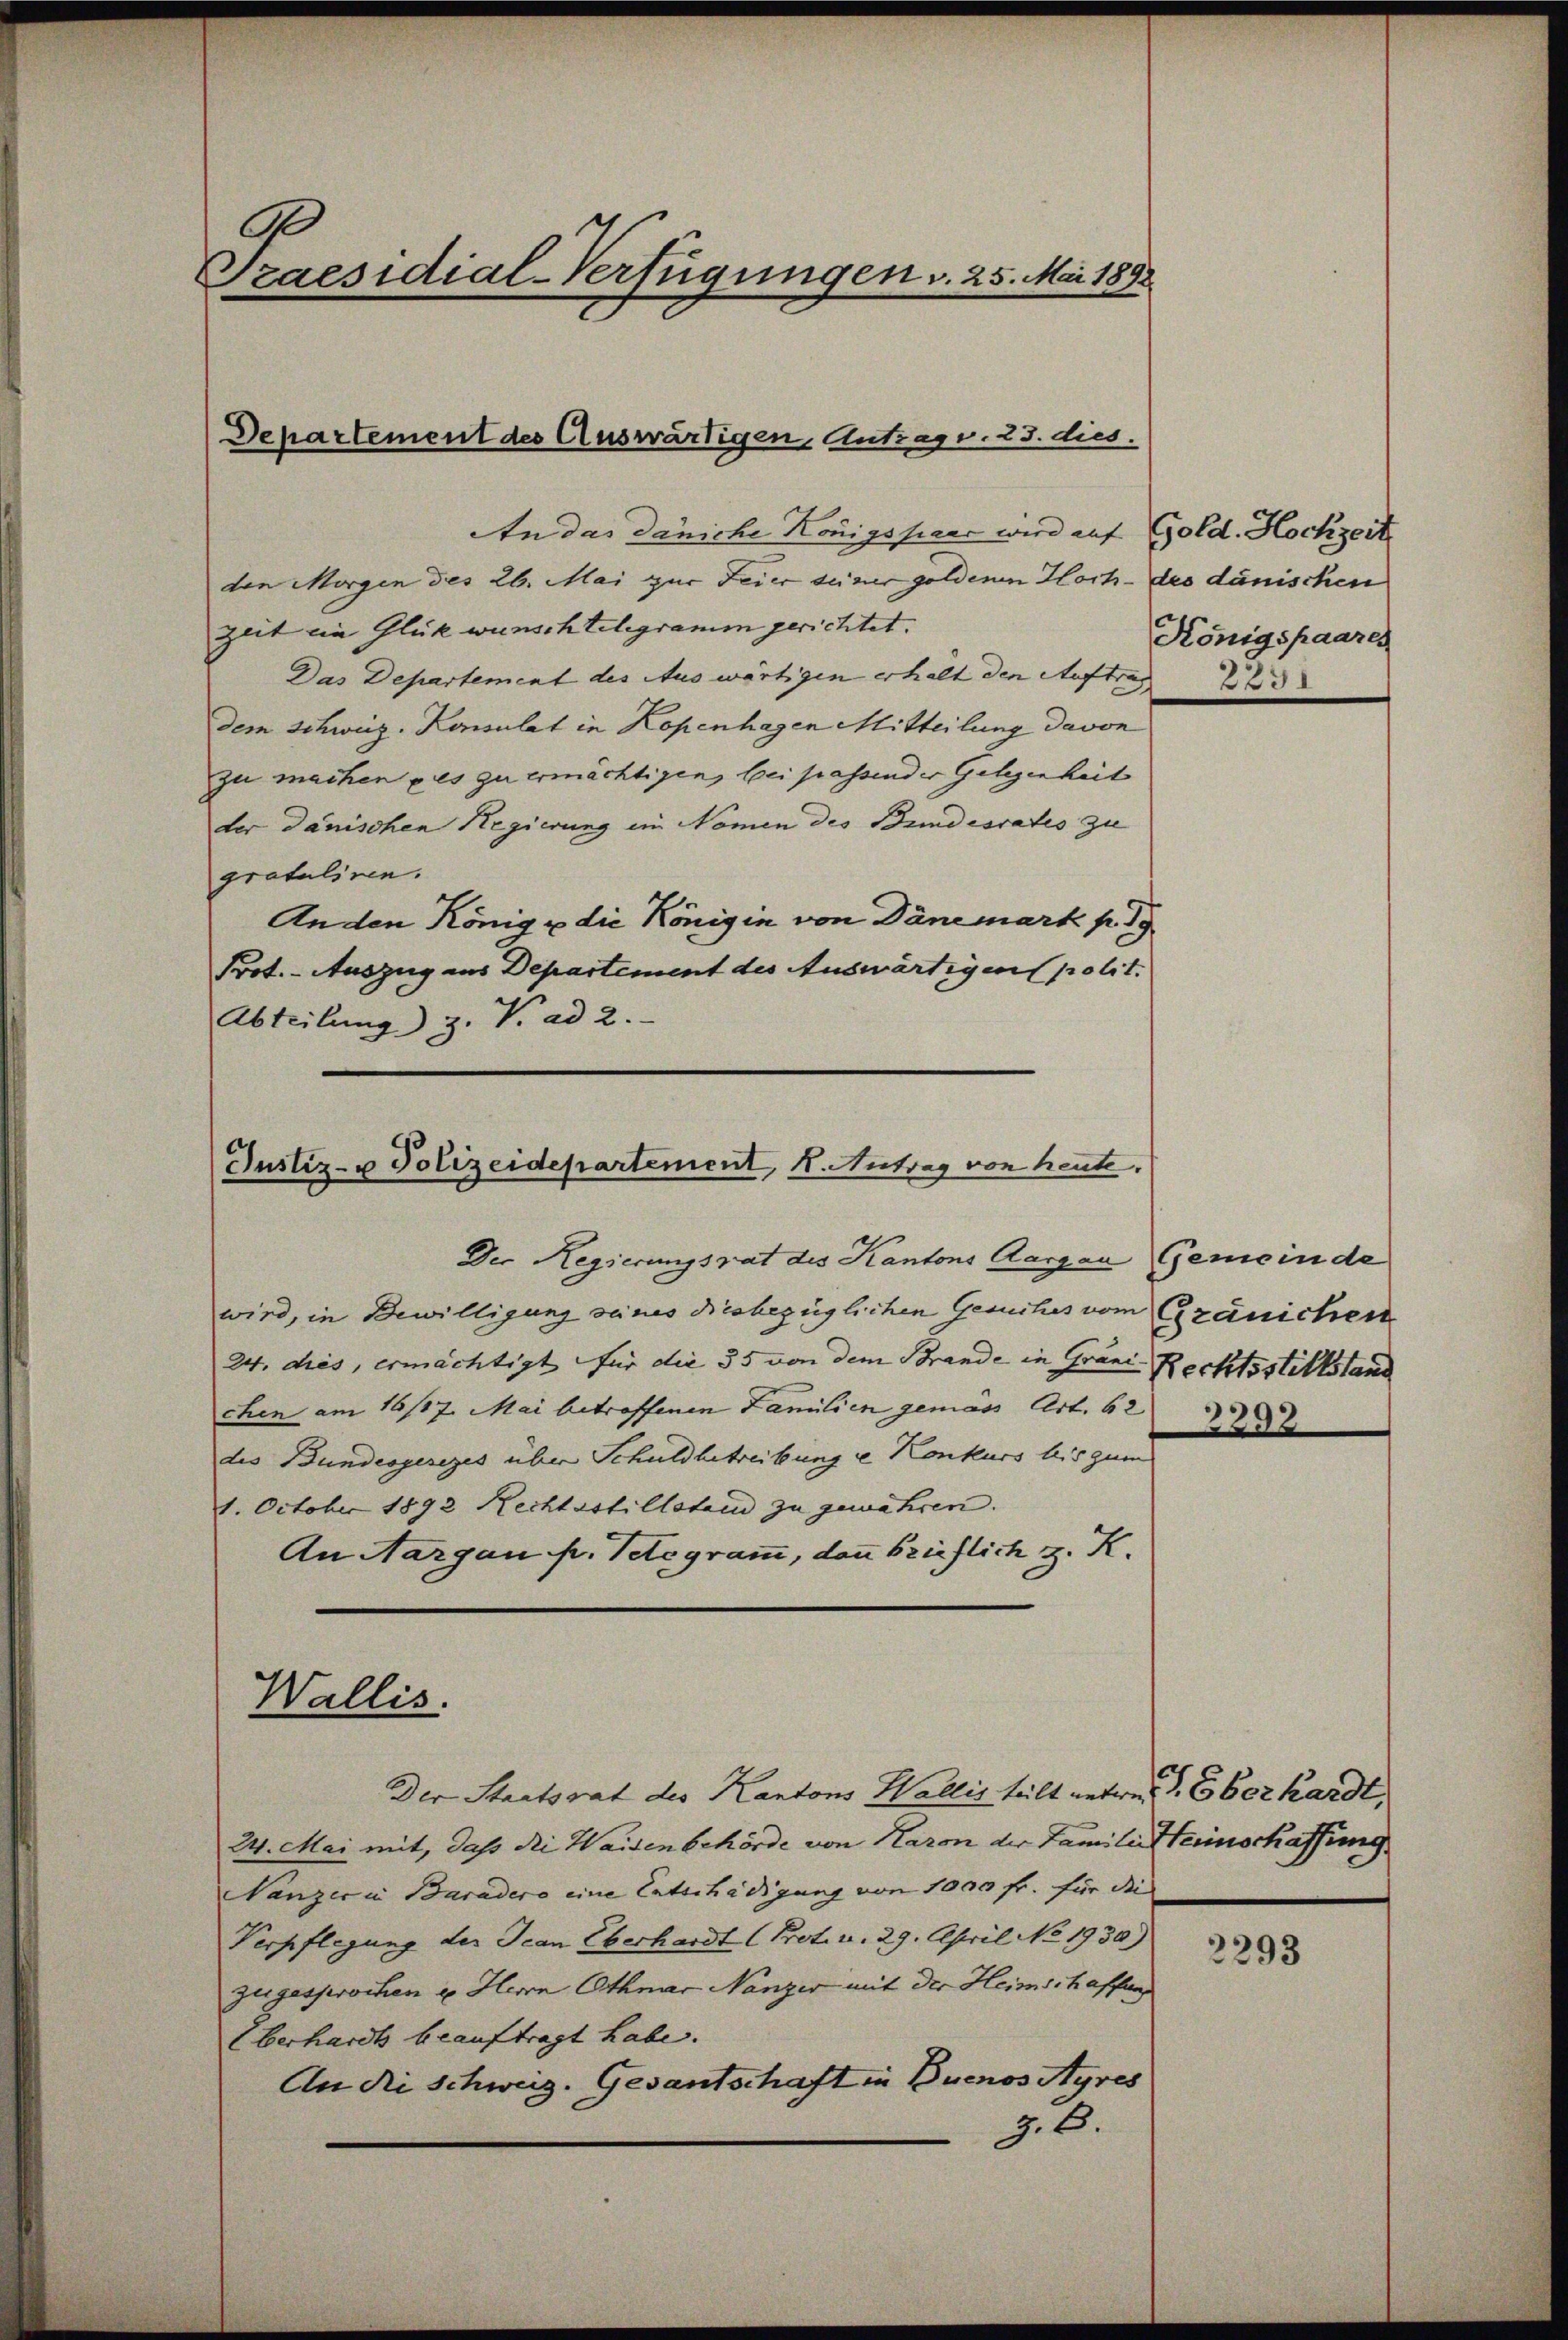
9
Praesidial-Verfügungen v. 25. Mai 1898

Departement des Auswärtigen Antrag v. 23. dies.

An das Däniche Königspaar wird auf
den Morgen des 26. Mai zur Feier seiner goldenen Hoch- des dänischen
zeit ein Glück wünsch telegramm gerichtet. |
Das Departement des Auswärtigen erhalt den Auftrag
dem Schweiz. Konsulat in Kopenhagen Mitteilung davon
zu machen des zu ermächtigen, bei passender Gelegenheit
der Dänischen Regierung im Namen des Bundesrates zu
gratuliren.
Anden König u die Königin von Dänemark p. 19
Prot. - Auszug aus Departement des Auswärtigen polit.
Abteilung 3. V. ad 2.

Justiz- u Polizeidepartement, K. Antrag von heute.

Wallis.

Der Regierungsrat des Kantons Aargau
wird, in Bewilligung seines diesbezüglichen Gesuches vom Gränichen
24. dies, ermächtigt für die 55 von dem Brande in Grani Rechtsstillstand
chen am 16/17. Mai betroffenen Familien gemäss Art. 62
des Bundesgesezes über Schuldbetreibung u Konkurs bis zum
1. October 1892 Rechtsstillstein zu gewähren.
An Aargau pr. Telegramm, dann brieflich z. K.

Der Staatsrat des Kantons Wallis teilt untre d. Eberhardt,
24. Mai mit, daß die Waisenbehörde von Karon der Familie Herinschaffung
Nanzer in Baradero eine Entschädigung von 1000 fr. für die
Verpflegung der Jean Eberhardt (Prot. v. 29. April No 1930.)
zugesprochen u. Herrn Othmar Nanzer mit der Heimschaffung
Überhardt beauftragt habe.
An Ni Schweiz. Gesantschaft in Buenos Ayres
J. C.

Gold. Hochzeit
Königspaares

Gemeinde

3392.

2293